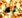
له